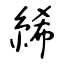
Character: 絺